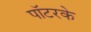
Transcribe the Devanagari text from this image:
पॉटरके